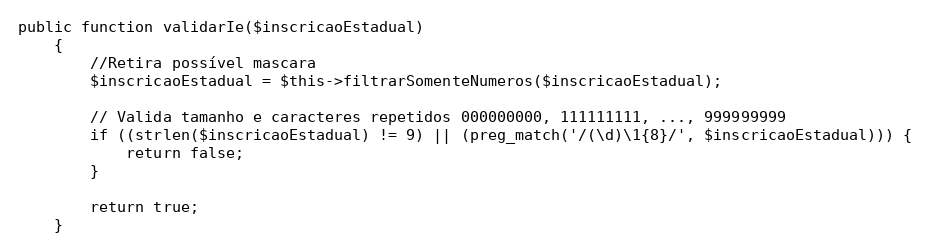
Language: PHP
public function validarIe($inscricaoEstadual)
    {
        //Retira possível mascara
        $inscricaoEstadual = $this->filtrarSomenteNumeros($inscricaoEstadual);

        // Valida tamanho e caracteres repetidos 000000000, 111111111, ..., 999999999
        if ((strlen($inscricaoEstadual) != 9) || (preg_match('/(\d)\1{8}/', $inscricaoEstadual))) {
            return false;
        }

        return true;
    }